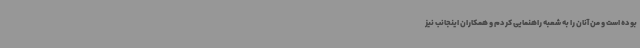
بوده است و من آنان را به شعبه راهنمایی کردم و همکاران اینجانب نیز